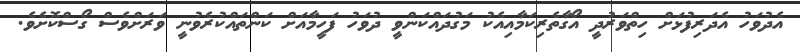
އެދުވަހު އެދަރިފުޅަށް ހިތްވަރުދީ އޯގާތެރިކަމާއިއެކު މަގުދައްކަންވީ ދުވަހު ފަހީމާއަށް ކަންތައްކުރެވުނީ ވަރަށްވެސް ގޯސްކޮށެވެ.